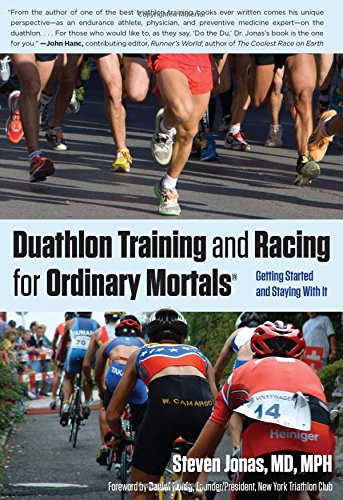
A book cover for Duathlon Training and Racing for Ordinary Mortals (R): Getting Started And Staying With It; Steven Jonas M.D.; Health, Fitness & Dieting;